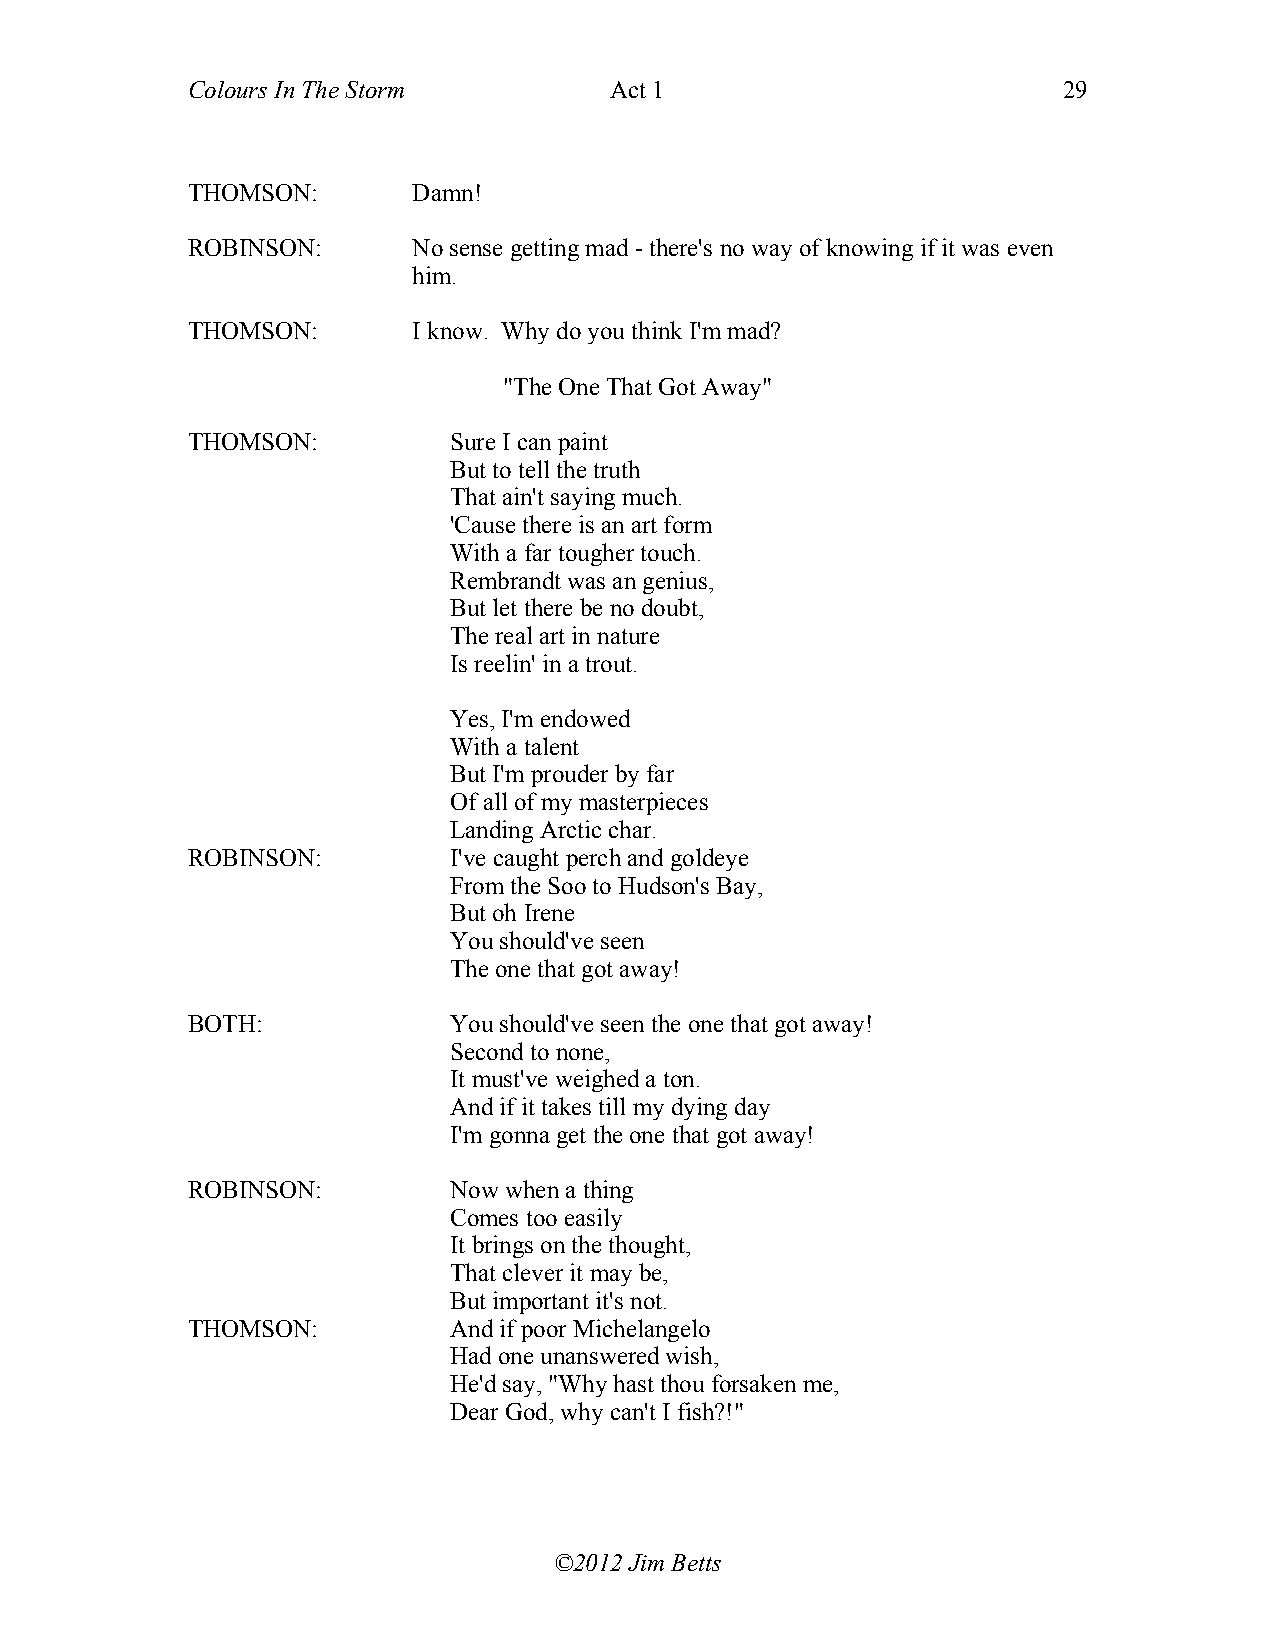
Colours In The Storm        Act 1                         29
 THOMSON:       Damn!
 ROBINSON:      No sense getting mad - there's no way of knowing if it was even
 him.
 THOMSON:       I know. Why do you think I'm mad?
 "The One That Got Away"
 THOMSON:          Sure I can paint
 But to tell the truth
 That ain't saying much.
 'Cause there is an art form
 With a far tougher touch.
 Rembrandt was an genius,
 But let there be no doubt,
 The real art in nature
 Is reelin' in a trout.
 Yes, I'm endowed
 With a talent
 But I'm prouder by far
 Of all of my masterpieces
 Landing Arctic char.
 ROBINSON:         I've caught perch and goldeye
 From the Soo to Hudson's Bay,
 But oh Irene
 You should've seen
 The one that got away!
 BOTH:             You should've seen the one that got away!
 Second to none,
 It must've weighed a ton.
 And if it takes till my dying day
 I'm gonna get the one that got away!
 ROBINSON:         Now when a thing
 Comes too easily
 It brings on the thought,
 That clever it may be,
 But important it's not.
 THOMSON:          And if poor Michelangelo
 Had one unanswered wish,
 He'd say, "Why hast thou forsaken me,
 Dear God, why can't I fish?!"
 ©2012 Jim Betts